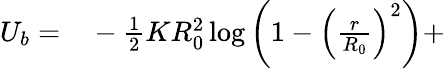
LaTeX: \begin{array}{rl}{U_{b}=}&{{}-\frac{1}{2}KR_{0}^{2}\log\left(1-\left(\frac{r}{R_{0}}\right)^{2}\right)+}\end{array}